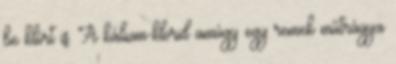
be klórt is. A kálium-klorid amúgy egy remek műtrágya